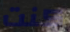
كنت